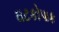
ઘટકોપાક